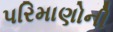
પરિમાણોની